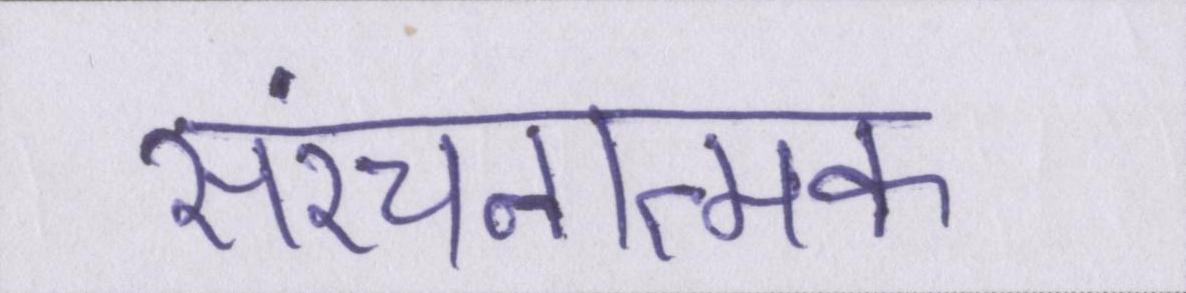
संरचनात्मक